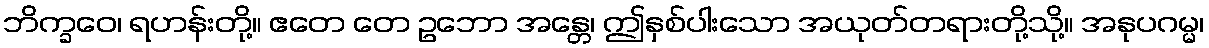
ဘိက္ခဝေ၊ ရဟန်းတို့။ ဧတေ တေ ဥဘော အန္တေ၊ ဤနှစ်ပါးသော အယုတ်တရားတို့သို့။ အနုပဂမ္မ၊